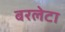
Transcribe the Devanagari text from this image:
बरलेटा